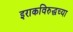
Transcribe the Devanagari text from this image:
इराकविरुद्धच्या